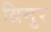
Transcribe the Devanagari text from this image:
ग्रिमुर